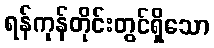
ရန်ကုန်တိုင်းတွင်ရှိသော